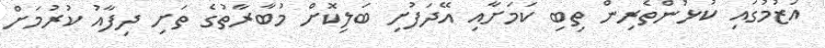
އަޒުމުގައި ކުޅުންތެރިން ތިބި ކަމަށާއި އޭދަފުށި ބަލިކޮށް މުބާރާތުގެ ތަށި ދިފާއު ކުރުމަށް